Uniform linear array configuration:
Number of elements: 48
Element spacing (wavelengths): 0.75
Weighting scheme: hamming
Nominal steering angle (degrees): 30
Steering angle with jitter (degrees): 29.404
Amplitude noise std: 0.05
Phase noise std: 0.05

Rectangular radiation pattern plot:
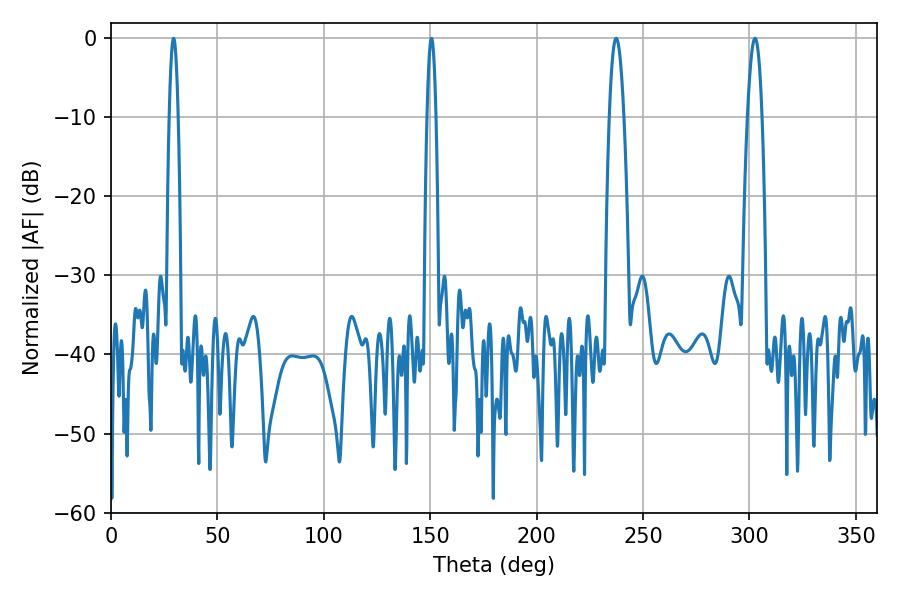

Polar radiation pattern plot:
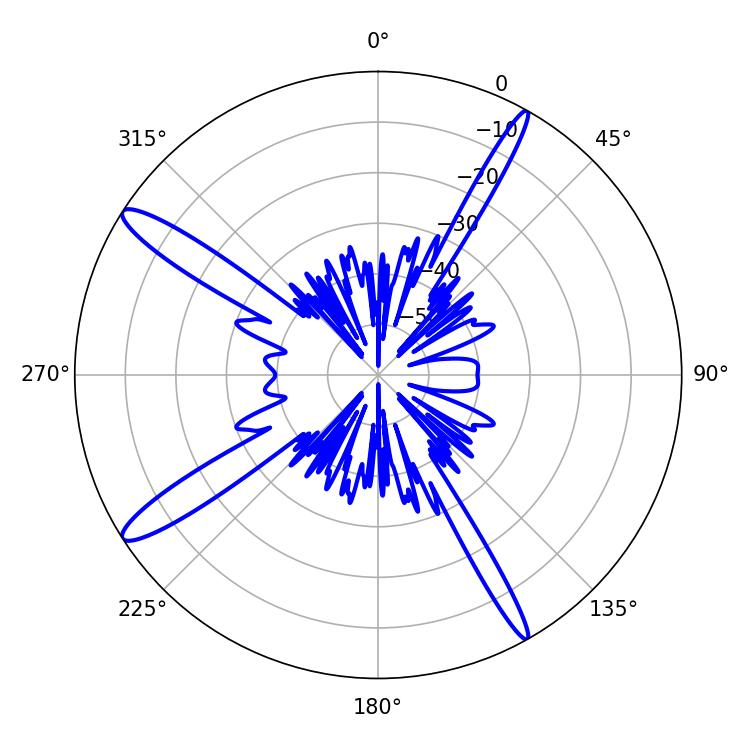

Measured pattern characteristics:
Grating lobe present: TRUE
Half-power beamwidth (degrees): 3.6
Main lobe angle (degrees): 237.42